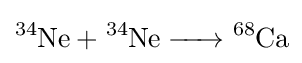
{\ce {^{34}Ne + ^{34}Ne -> ^68Ca}}